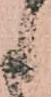
候